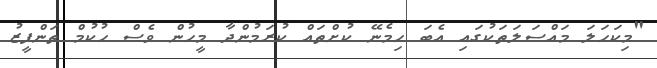
"މިކަހަލަ މައްސަލަތަކުގައި އެބަ ހިމެނޭ ކުށްތައް ކުރަމުންދާ މީހުން ވެސް ހުކުމް ތަންފީޒު